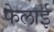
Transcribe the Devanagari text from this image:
फेलाई